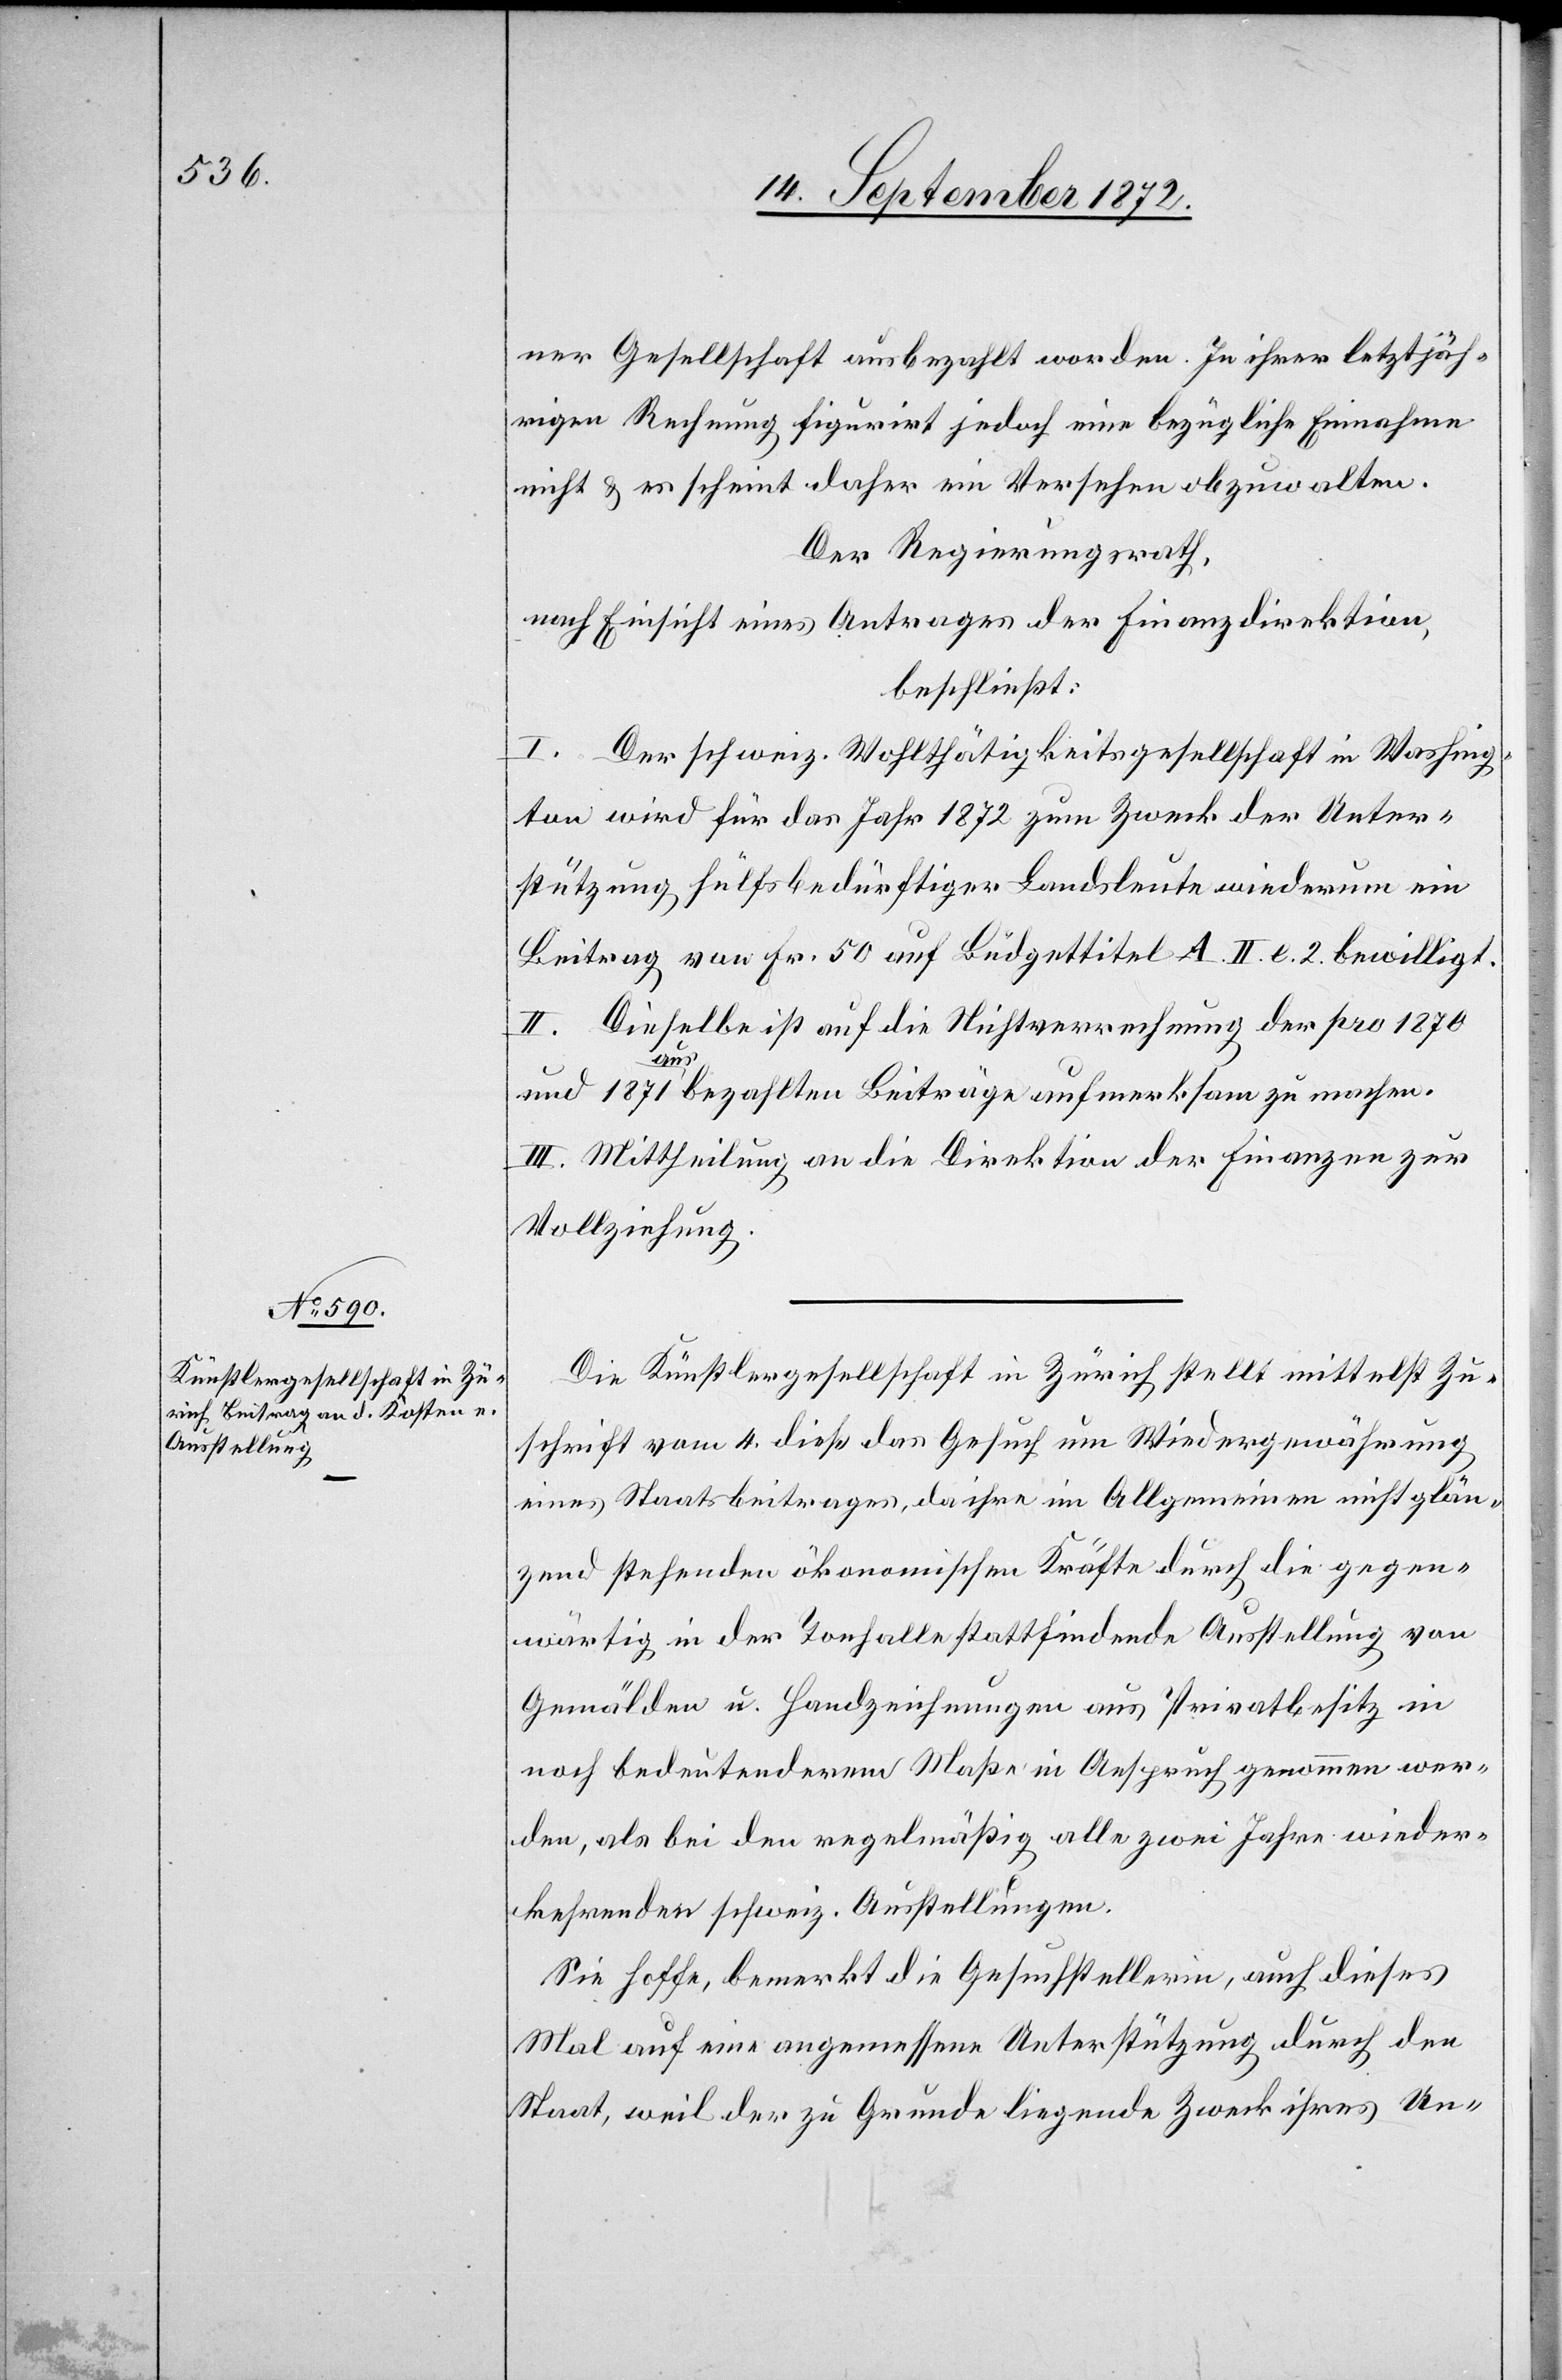
ner Gesellschaft ausbezahlt worden. In ihrer letztjäh¬
rigen Rechnung figurirt jedoch eine bezügliche Einnahme
nicht u. es scheint daher ein Versehen obzuwalten.
Der Regierungsrath,
nach Einsicht eines Antrages der Finanzdirektion,
beschließt:
I. Der schweiz. Wohlthätigkeitsgesellschaft in Washing¬
ton wird für das Jahr 1872 zum Zweck der Unter¬
stützung hülfsbedürftiger Landsleute wiederum ein
Beitrag von Fr. 50 auf Budgettitel A. II. e. 2. bewilligt.
II. Dieselbe ist auf die Nichtverrechnung der pro 1870
und 1871 ausbezahlten Beiträge aufmerksam zu machen.
III. Mittheilung an die Direktion der Finanzen zur
Vollziehung.
Die Künstlergesellschaft in Zürich stellt mittelst Zu¬
schrift vom 4. dieß das Gesuch um Wiedergewährung
eines Staatsbeitrages, da ihre im Allgemeinen nicht glän¬
zend stehenden ökonomischen Kräfte durch die gegen¬
wärtig in der Tonhalle stattfindende Ausstellung von
Gemälden u. Handzeichnungen aus Privatbesitz in
noch bedeutenderem Maße in Anspruch genommen wer¬
den, als bei den regelmäßig alle zwei Jahre wieder¬
kehrenden schweiz. Ausstellungen.
Sie hoffe, bemerkt die Gesuchstellerin, auch dieses
Mal auf eine angemessene Unterstützung durch den
Staat, weil der zu Grunde liegende Zweck ihres Un-